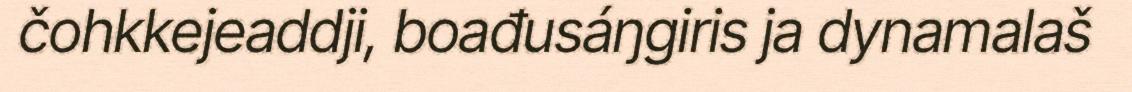
čohkkejeaddji, boađusáŋgiris ja dynamalaš